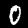
Digit: 0